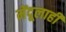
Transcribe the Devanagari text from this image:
मेंदूलाही